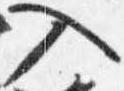
入